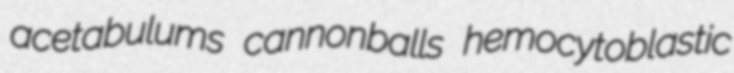
acetabulums cannonballs hemocytoblastic